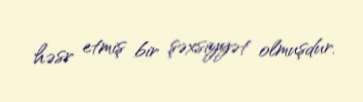
həsr etmiş bir şəxsiyyət olmuşdur.